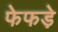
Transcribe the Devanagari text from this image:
फेफडे़